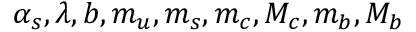
\alpha _ { s } , \lambda , b , m _ { u } , m _ { s } , m _ { c } , M _ { c } , m _ { b } , M _ { b }